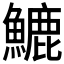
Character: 𩺮